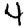
Digit: 4